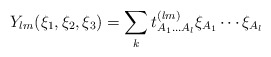
\begin{align*}Y_{lm} (\xi_1, \xi_2, \xi_3)= \sum_k t^{(lm)}_{A_1 \ldots A_l} \xi_{A_1} \cdots \xi_{A_l}\,\end{align*}